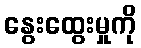
နွေးထွေးမှုကို